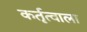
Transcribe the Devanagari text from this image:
कर्तृत्वाला